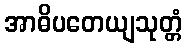
အာဓိပတေယျသုတ္တံ